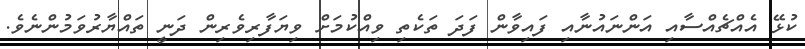
ކުޅޭ އެއްޗެއްސާއި އަންނައުނާއި ފައިވާން ފަދަ ތަކެތި ވިއްކުމަށް ވިޔަފާރިވެރިން ދަނީ ތައްޔާރުވަމުންނެވެ.